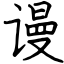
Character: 谩